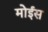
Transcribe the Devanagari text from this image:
मोईस